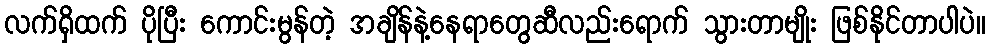
လက်ရှိထက် ပိုပြီး ကောင်းမွန်တဲ့ အချိန်နဲ့နေရာတွေဆီလည်းရောက် သွားတာမျိုး ဖြစ်နိုင်တာပါပဲ။